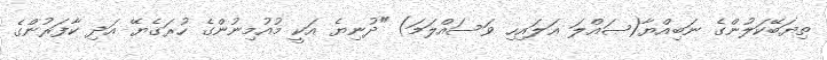
ތިޔަބޭކަލުންގެ ނަބިއްޔާ(ޞައްލަ ޢަލައިހި ވަސައްލަމަ) "ދުނިޔެ އަކީ މުއުމިނުންގެ ހުރަގެޔޭ އަދި ކާފަރުންގެ